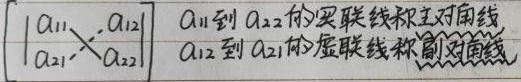
\(\begin{vmatrix}a_{11} & a_{12}\\a_{21} & a_{22}\end{vmatrix}\)，\(a_{11}\)到\(a_{22}\)的实联线称主对角线，\(a_{12}\)到\(a_{21}\)的虚联线称副对角线。